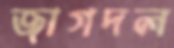
জাগদল